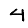
Digit: 4